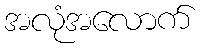
အလုံအလောက်